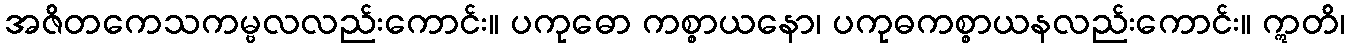
အဇိတကေသကမ္ဗလလည်းကောင်း။ ပကုဓော ကစ္စာယနော၊ ပကုဓကစ္စာယနလည်းကောင်း။ ဣတိ၊